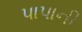
પાપાની